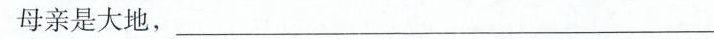
母亲是大地，___